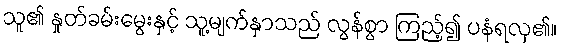
သူ၏ နှုတ်ခမ်းမွေးနှင့် သူ့မျက်နှာသည် လွန်စွာ ကြည့်၍ ပနံရလှ၏။